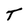
Character: T